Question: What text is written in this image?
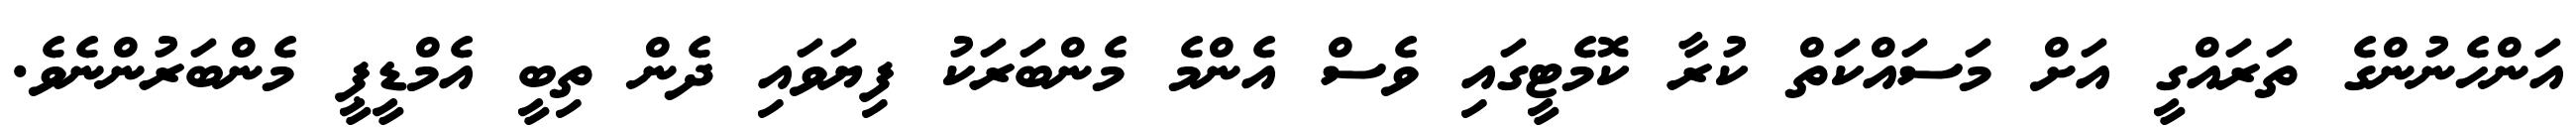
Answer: އަންހެނުންގެ ތަރައްގީ އަށް މަސައްކަތް ކުރާ ކޮމެޓީގައި ވެސް އެންމެ މެންބަރަކު ފިޔަވައި ދެން ތިބީ އެމްޑީޕީ މެންބަރުންނެވެ.